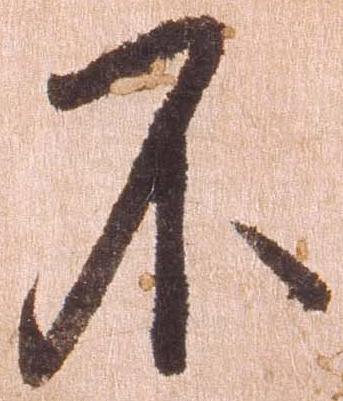
不